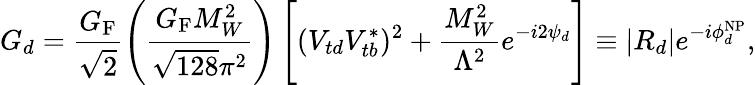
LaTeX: G_{d}=\frac{G_{\mathrm{F}}}{\sqrt{2}}\left(\frac{G_{\mathrm{F}}M_{W}^{2}}{\sqrt{128}\pi^{2}}\right)\left[(V_{td}V_{tb}^{\ast})^{2}+\frac{M_{W}^{2}}{\Lambda^{2}}e^{-i2\psi_{d}}\right]\equiv|R_{d}|e^{-i\phi_{d}^{\mathrm{NP}}},